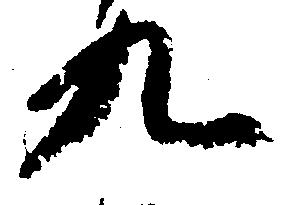
九